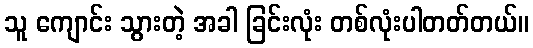
သူ ကျောင်း သွားတဲ့ အခါ ခြင်းလုံး တစ်လုံးပါတတ်တယ်။